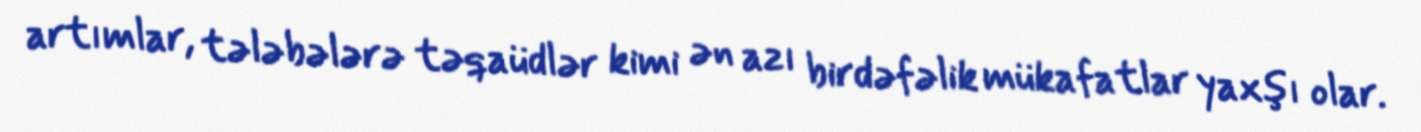
artımlar, tələbələrə təqaüdlər kimi ən azı birdəfəlik mükafatlar yaxşı olar.